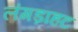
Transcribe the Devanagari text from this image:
लंगड़ाहट